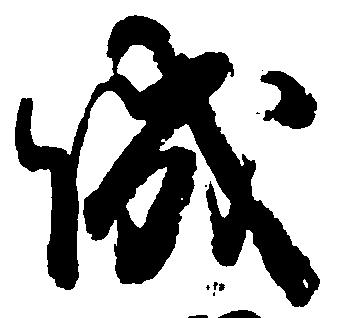
城